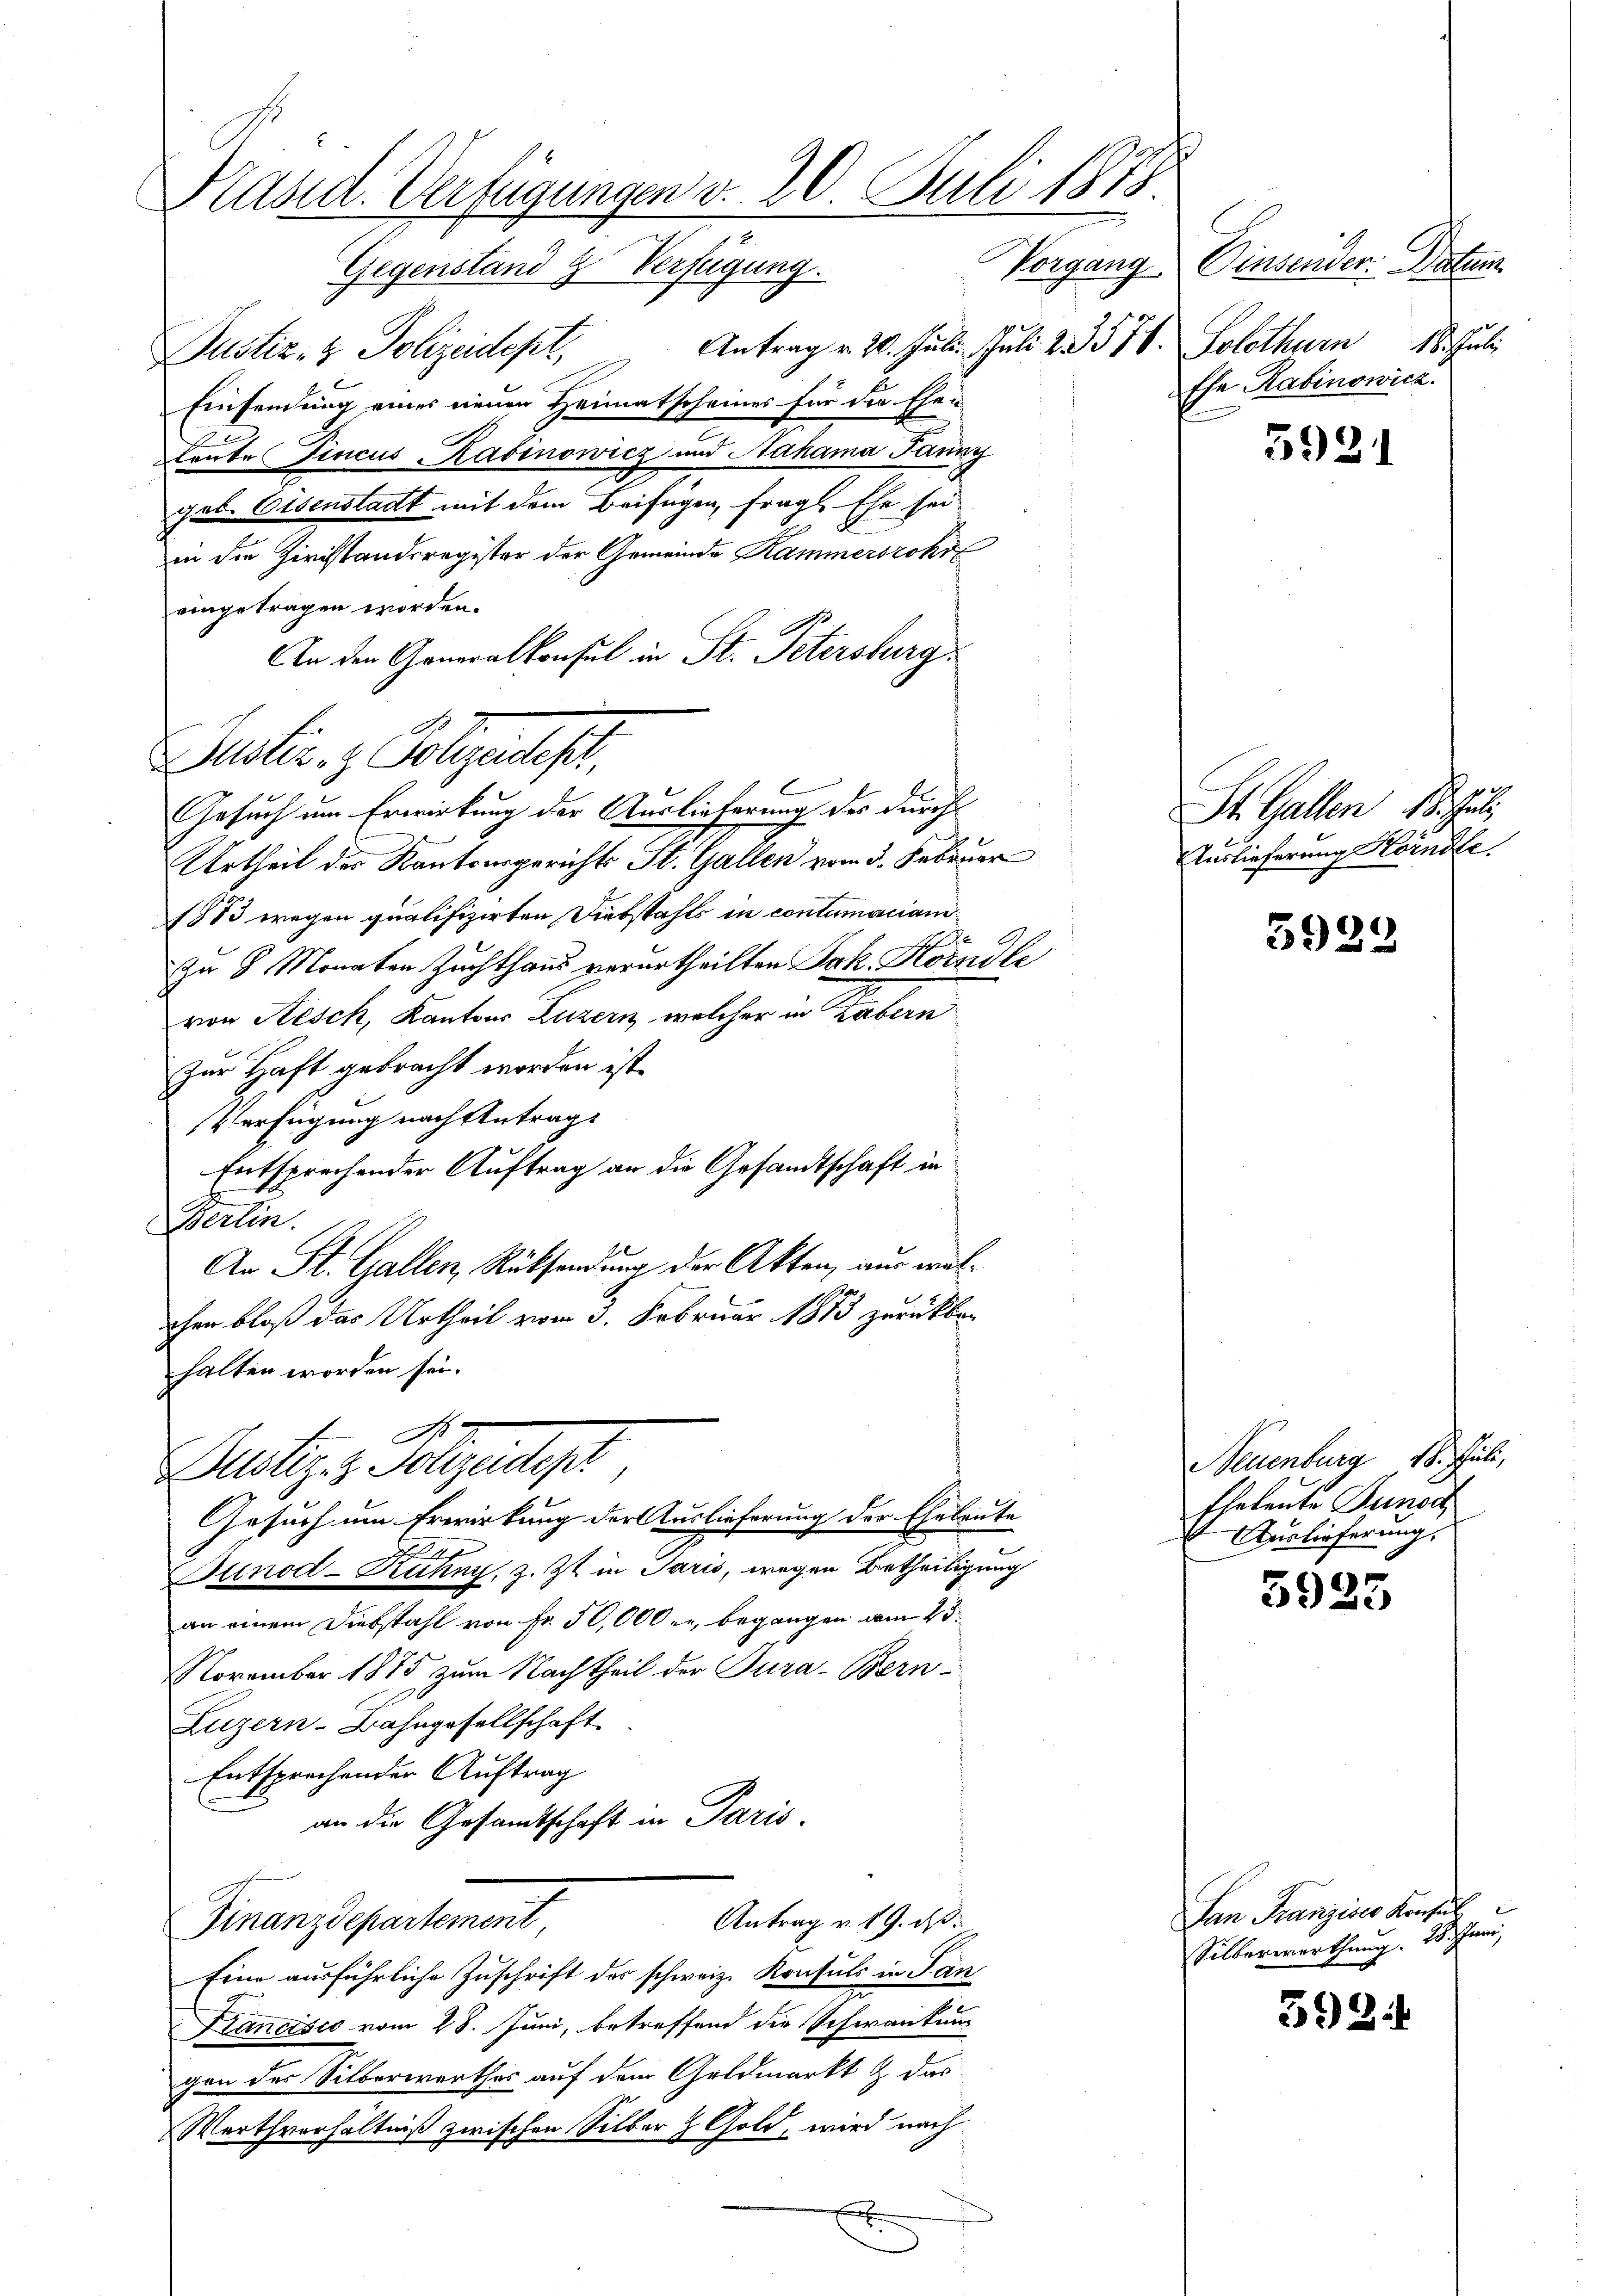
Präsid. Verfügungen v. 20. Juli 1873.
Gegenstand 2 Verfügung.

Justiz- & Polizeidept,
Einsendung eines nenen Heimatschames für die Ehen
leute Fincus Kabinowicz und Nahama Jauny
get. Eisenstadt mit dem Beifügen, fragl. Ehe sei-
in die Zirstandsregister der Gemeinde Kammersrohr
eingetragen worden.
An den Generalkonsul in St. Petersburg
Gesuch um Erwirkung der Auslieferung der durch
Urtheil des Kantonsgerichts St. Gallen vom 5. Februar
1873 wegen qualifizirten Diebstahls in contumaciamzu 8 Monaten Zuchthaus verurtheilten Jak. Hörndle
von Aesch, Kantons Luzern, welcher in Rabern
Zur Haft gebracht worden ist.
Verfügung nach Antrag
Entsprechender Auftrag an die Gesandtschaft in
Berlin.
An St. Gallen, Rücksendung der Akten, aus wel-
chen bloß das Urtheil vom 3. Februar 1873 zurückbehalten worden sei.
A
Justiz- & Polizeidept,
Gesuch um Erwirkung der Auslieferung der Eheleute
.
tinod-Ruhn, z. Zt. in Paris, wegen Betheiligung
an einem Diebstahl von Fr. 50,000, begangen vom 25.
November 1875, zum Nachtheil der Tura-Bern¬
Luzern-Bahngesellschaft
Entsprechender Auftrag
an die Gesandtschaft in Paris
Antrag v. 19. ds.
Finanzdepartement
Eine ausführliche Zuschrift der schweiz. Konsuls in Jan
Francisio vom 28. Juni, betreffend die Schwankung
gen des Silberwerthes auf dem Geldmarkt & das
Werthverhältniß zwischen Silber z Gold, wird nach
h

Justiz- & Polizeides.

Vorgang Einsender Datum
Antrag v. 20. Juli. Juli 2. 3576. Solothurn 18. Juli
Ese Kabinowicz

5921

St. Gallen 18. Juli
Auslieferung Hörndle.

3929

Neuenburg 1. Juli,
Ehetente Punct
Auslieferung.

5925

San Franzises Konsul
Silberwerthung. 25. Juni,

393 f